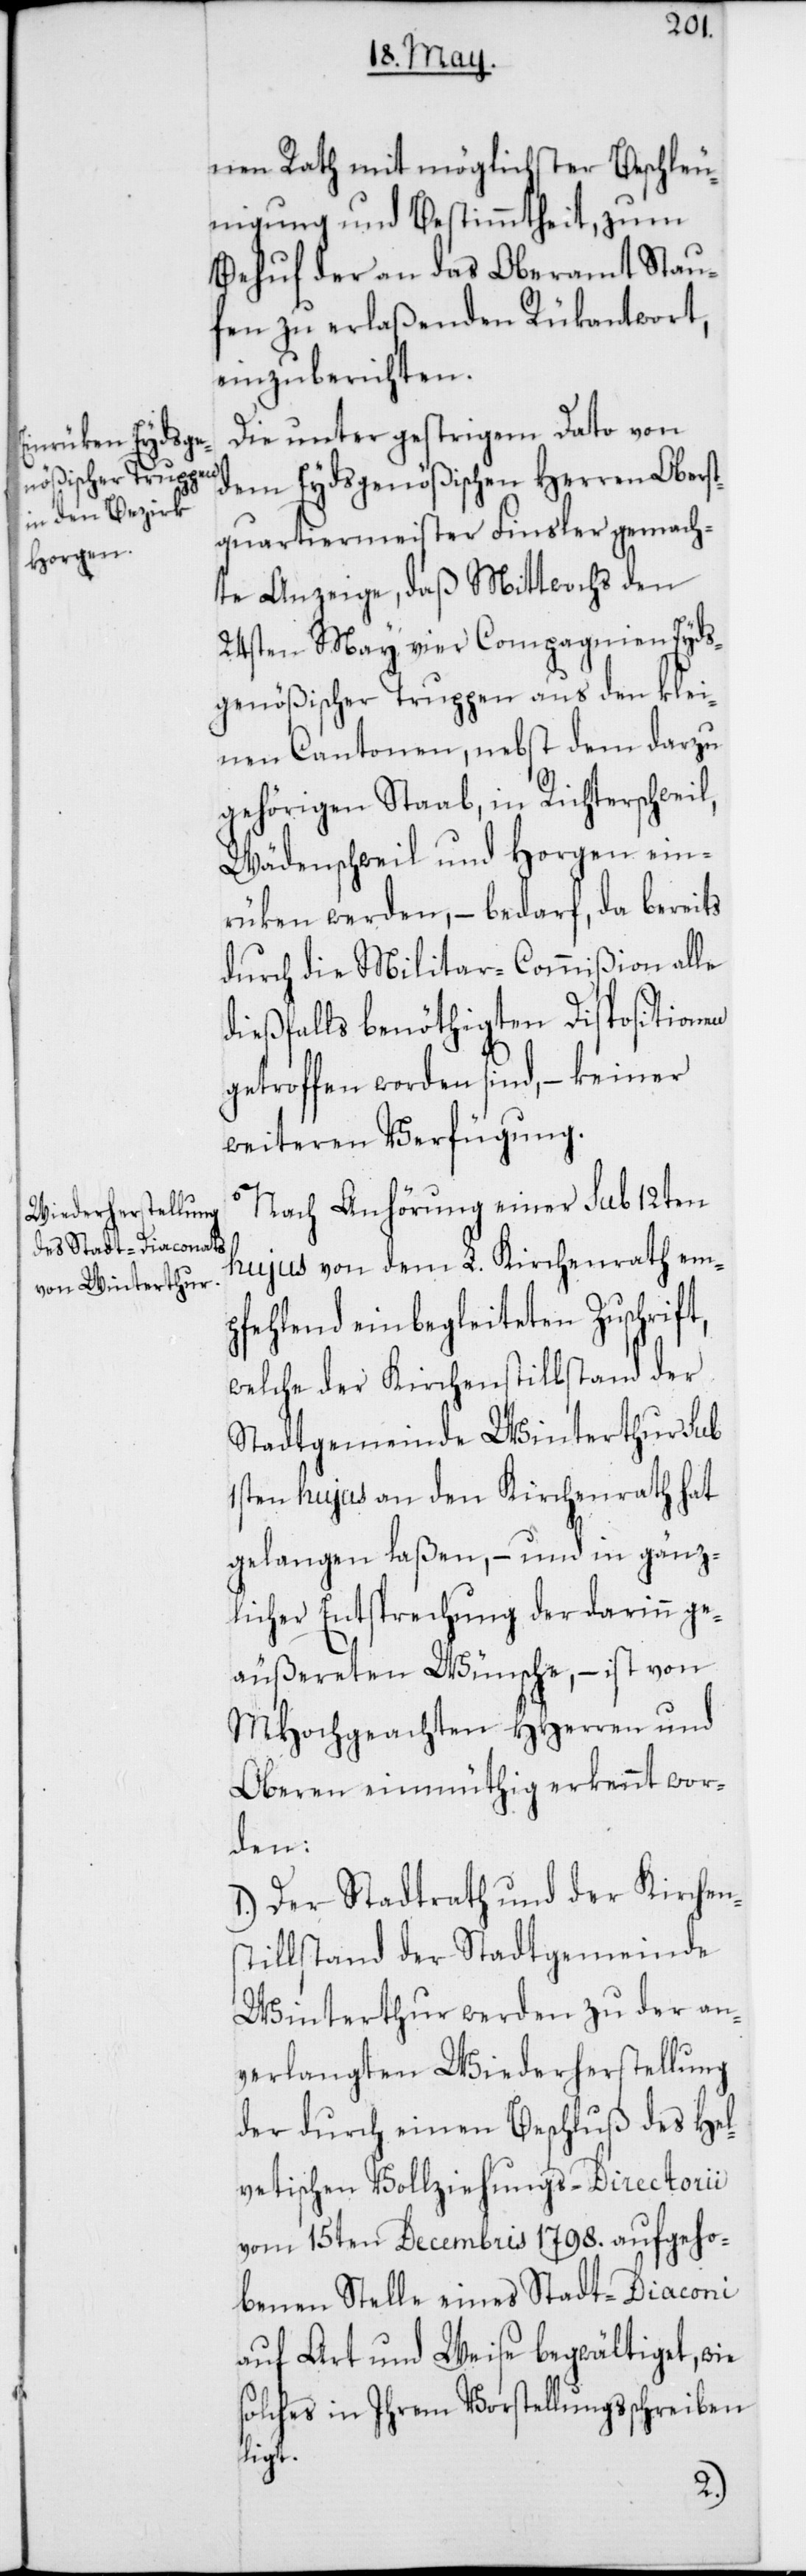
nen Rath mit möglichster Beschleu¬
nigung und Bestimmtheit, zum
Behuf der an das Oberamt Stau¬
fen zu erlaßenden Rükantwort,
einzuberichten.
Die unter gestrigem Dato von
dem Eydsgenößischen Herren Obers¬
tquartiermerister Finsler gemach¬
te Anzeige, daß Mittwochs den
24sten May vier Compagnien Eyds¬
genößischer Truppen aus den klei¬
nen Cantonen, nebst dem darzu
gehörigen Staab, in Richterschweil,
Wädenschweil und Horgen ein¬
rüken werden, – bedarf, da bereits
durch die Militar-Commißion alle
dießfalls benöthigten Dispositionen
getroffen worden sind, – keiner
weiteren Verfügung.
Nach Anhörung einer sub 12ten
hujus von dem L. Kirchenrath em¬
pfehlend einbegleiteten Zuschrift,
welche der Kirchenstillstand der
Stadtgemeinde Winterthur sub
1sten hujus an den Kirchenrath hat
gelangen laßen, – und in gänz¬
licher Entsprechung der darinn ge¬
äußereten Wünsche, – ist von
MHochgeachten HHerren und
Oberen einmüthig erkennt wor¬
den:
1.) Der Stadtrath und der Kirchen¬
stillstand der Stadtgemeinde
Winterthur werden zu der an¬
verlangten Wiederherstellung
der durch einen Beschluß des Hel¬
vetischen Vollziehungs-Directorii
vom 15ten Decembris 1798. aufgeho¬
benen Stelle eines Stadt-Diaconi
auf Art und Weise begwältiget, wie
solches in Ihrem Vorstellungsschreiben
ligt.